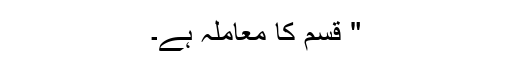
" قسم کا معاملہ ہے۔